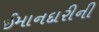
ઈમાનદારીની